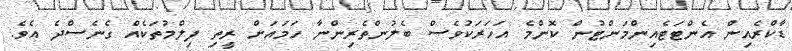
ޑާކްރެއިން އެންޓަޓެއިންމަންޓުން ކޮންމެ އަހަރަކުވެސް ބެލުންތެރިންނާ ހަމައަށް ރީތި ފިލްމުތަކެއް ގެނެސްދެ އެވެ.